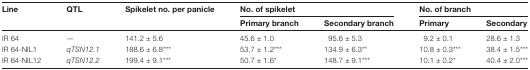
<table><thead><tr><td rowspan="2"><b>Line</b></td><td rowspan="2"><b>QTL</b></td><td rowspan="2"><b>Spikelet no. per panicle</b></td><td colspan="2"><b>No. of spikelet</b></td><td colspan="2"><b>No. of branch</b></td></tr><tr><td><b>Primary branch</b></td><td><b>Secondary branch</b></td><td><b>Primary</b></td><td><b>Secondary</b></td></tr></thead><tbody><tr><td>IR 64</td><td>—</td><td>141.2 ± 5.6</td><td>45.6 ± 1.0</td><td>95.6 ± 5.3</td><td>9.2 ± 0.1</td><td>28.6 ± 1.3</td></tr><tr><td>IR 64-NIL1</td><td><i>qTSN12.1</i></td><td>188.6 ± 6.8***</td><td>53.7 ± 1.2***</td><td>134.9 ± 6.3**</td><td>10.8 ± 0.3***</td><td>38.4 ± 1.5***</td></tr><tr><td>IR 64-NIL12</td><td><i>qTSN12.2</i></td><td>199.4 ± 9.1***</td><td>50.7 ± 1.6*</td><td>148.7 ± 9.1***</td><td>10.1 ± 0.2*</td><td>40.4 ± 2.0***</td></tr></tbody></table>